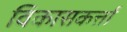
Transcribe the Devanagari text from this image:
विकासकर्त्ता